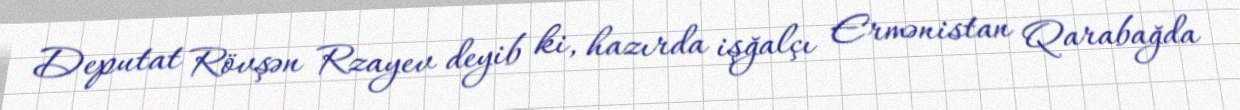
Deputat Rövşən Rzayev deyib ki, hazırda işğalçı Ermənistan Qarabağda